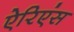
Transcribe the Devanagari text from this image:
ऐरिएंस